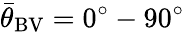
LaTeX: {\bar{\theta}}_{\mathrm{BV}}=0^{\circ}-90^{\circ}